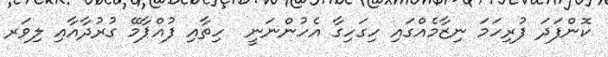
ކޮންފަދަ ފުރިހަމަ ނިޒާމެއްގައި ހިގަހިގާ އެހުންނަނީ  ހިތާއި ފުއްޕާމޭ ގުރުދާއާއި ލިވަރ